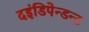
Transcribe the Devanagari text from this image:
दइंडिपेन्डन्ट